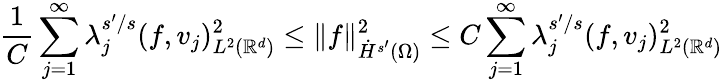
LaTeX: \frac 1C\sum_{j=1}^{\infty}\lambda_{j}^{s^{\prime}/s}(f,v_{j})_{L^{2}(\mathbb{R}^{d})}^{2}\le\| f\| _{\dot{H}^{s^{\prime}}(\Omega)}^{2}\le C\sum_{j=1}^{\infty}\lambda_{j}^{s^{\prime}/s}(f,v_{j})_{L^{2}(\mathbb{R}^{d})}^{2}